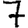
Digit: 7